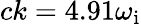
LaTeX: ck=4.91\omega_{\mathrm{i}}